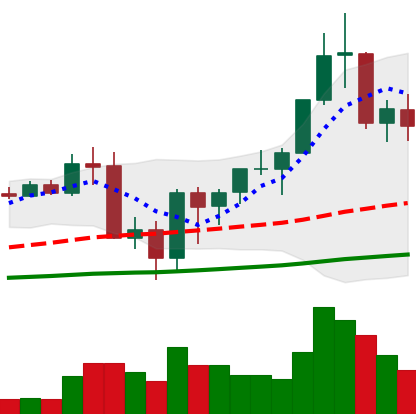
Ticker: BNB-USD
Chart end date: 2020-09-17
Forward return: -10.715%
Label: down_7plus